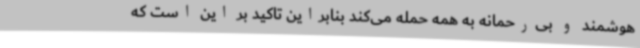
هوشمند و بی‌رحمانه به همه حمله می‌کند بنابراین تاکید بر این است که